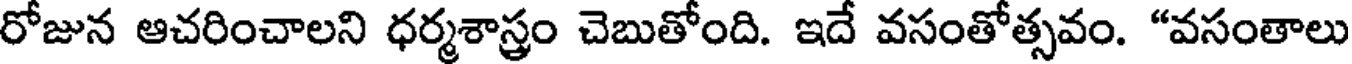
రోజున ఆచరించాలని ధర్మశాస్త్రం చెబుతోంది. ఇదే వసంతోత్సవం. "వసంతాలు